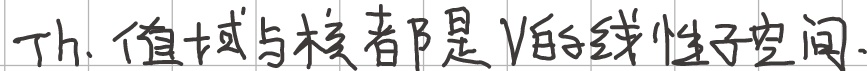
Th. 值域与核都是 \(V\) 的线性子空间.